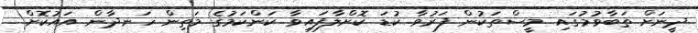
ދީނަށް ތަބާވުމުގައި މީސްތަކުން ފަރުވާ ކުޑަ ކޮށްލާފައިވާ ކަންކަމުގެ މަތިން ހަނދާން އައުކޮށް